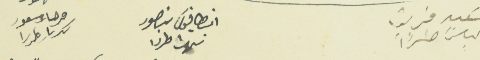
سَعيد فريق الياسَ طرزآ	انطانيوسَ منصور نهرا طرزا		فرحات مسعود كسبار طرزا